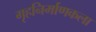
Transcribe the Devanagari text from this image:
गृहनिर्माणकला